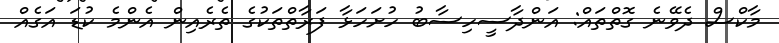
މާކްސް ދެވޭނެ ގޮތްތައް: އަންދާސީހިސާބު ހުށަހަޅާ ފަރާތްތަކުގެ ތެރެއިން އެންމެ ކުޑަ އަގެއް